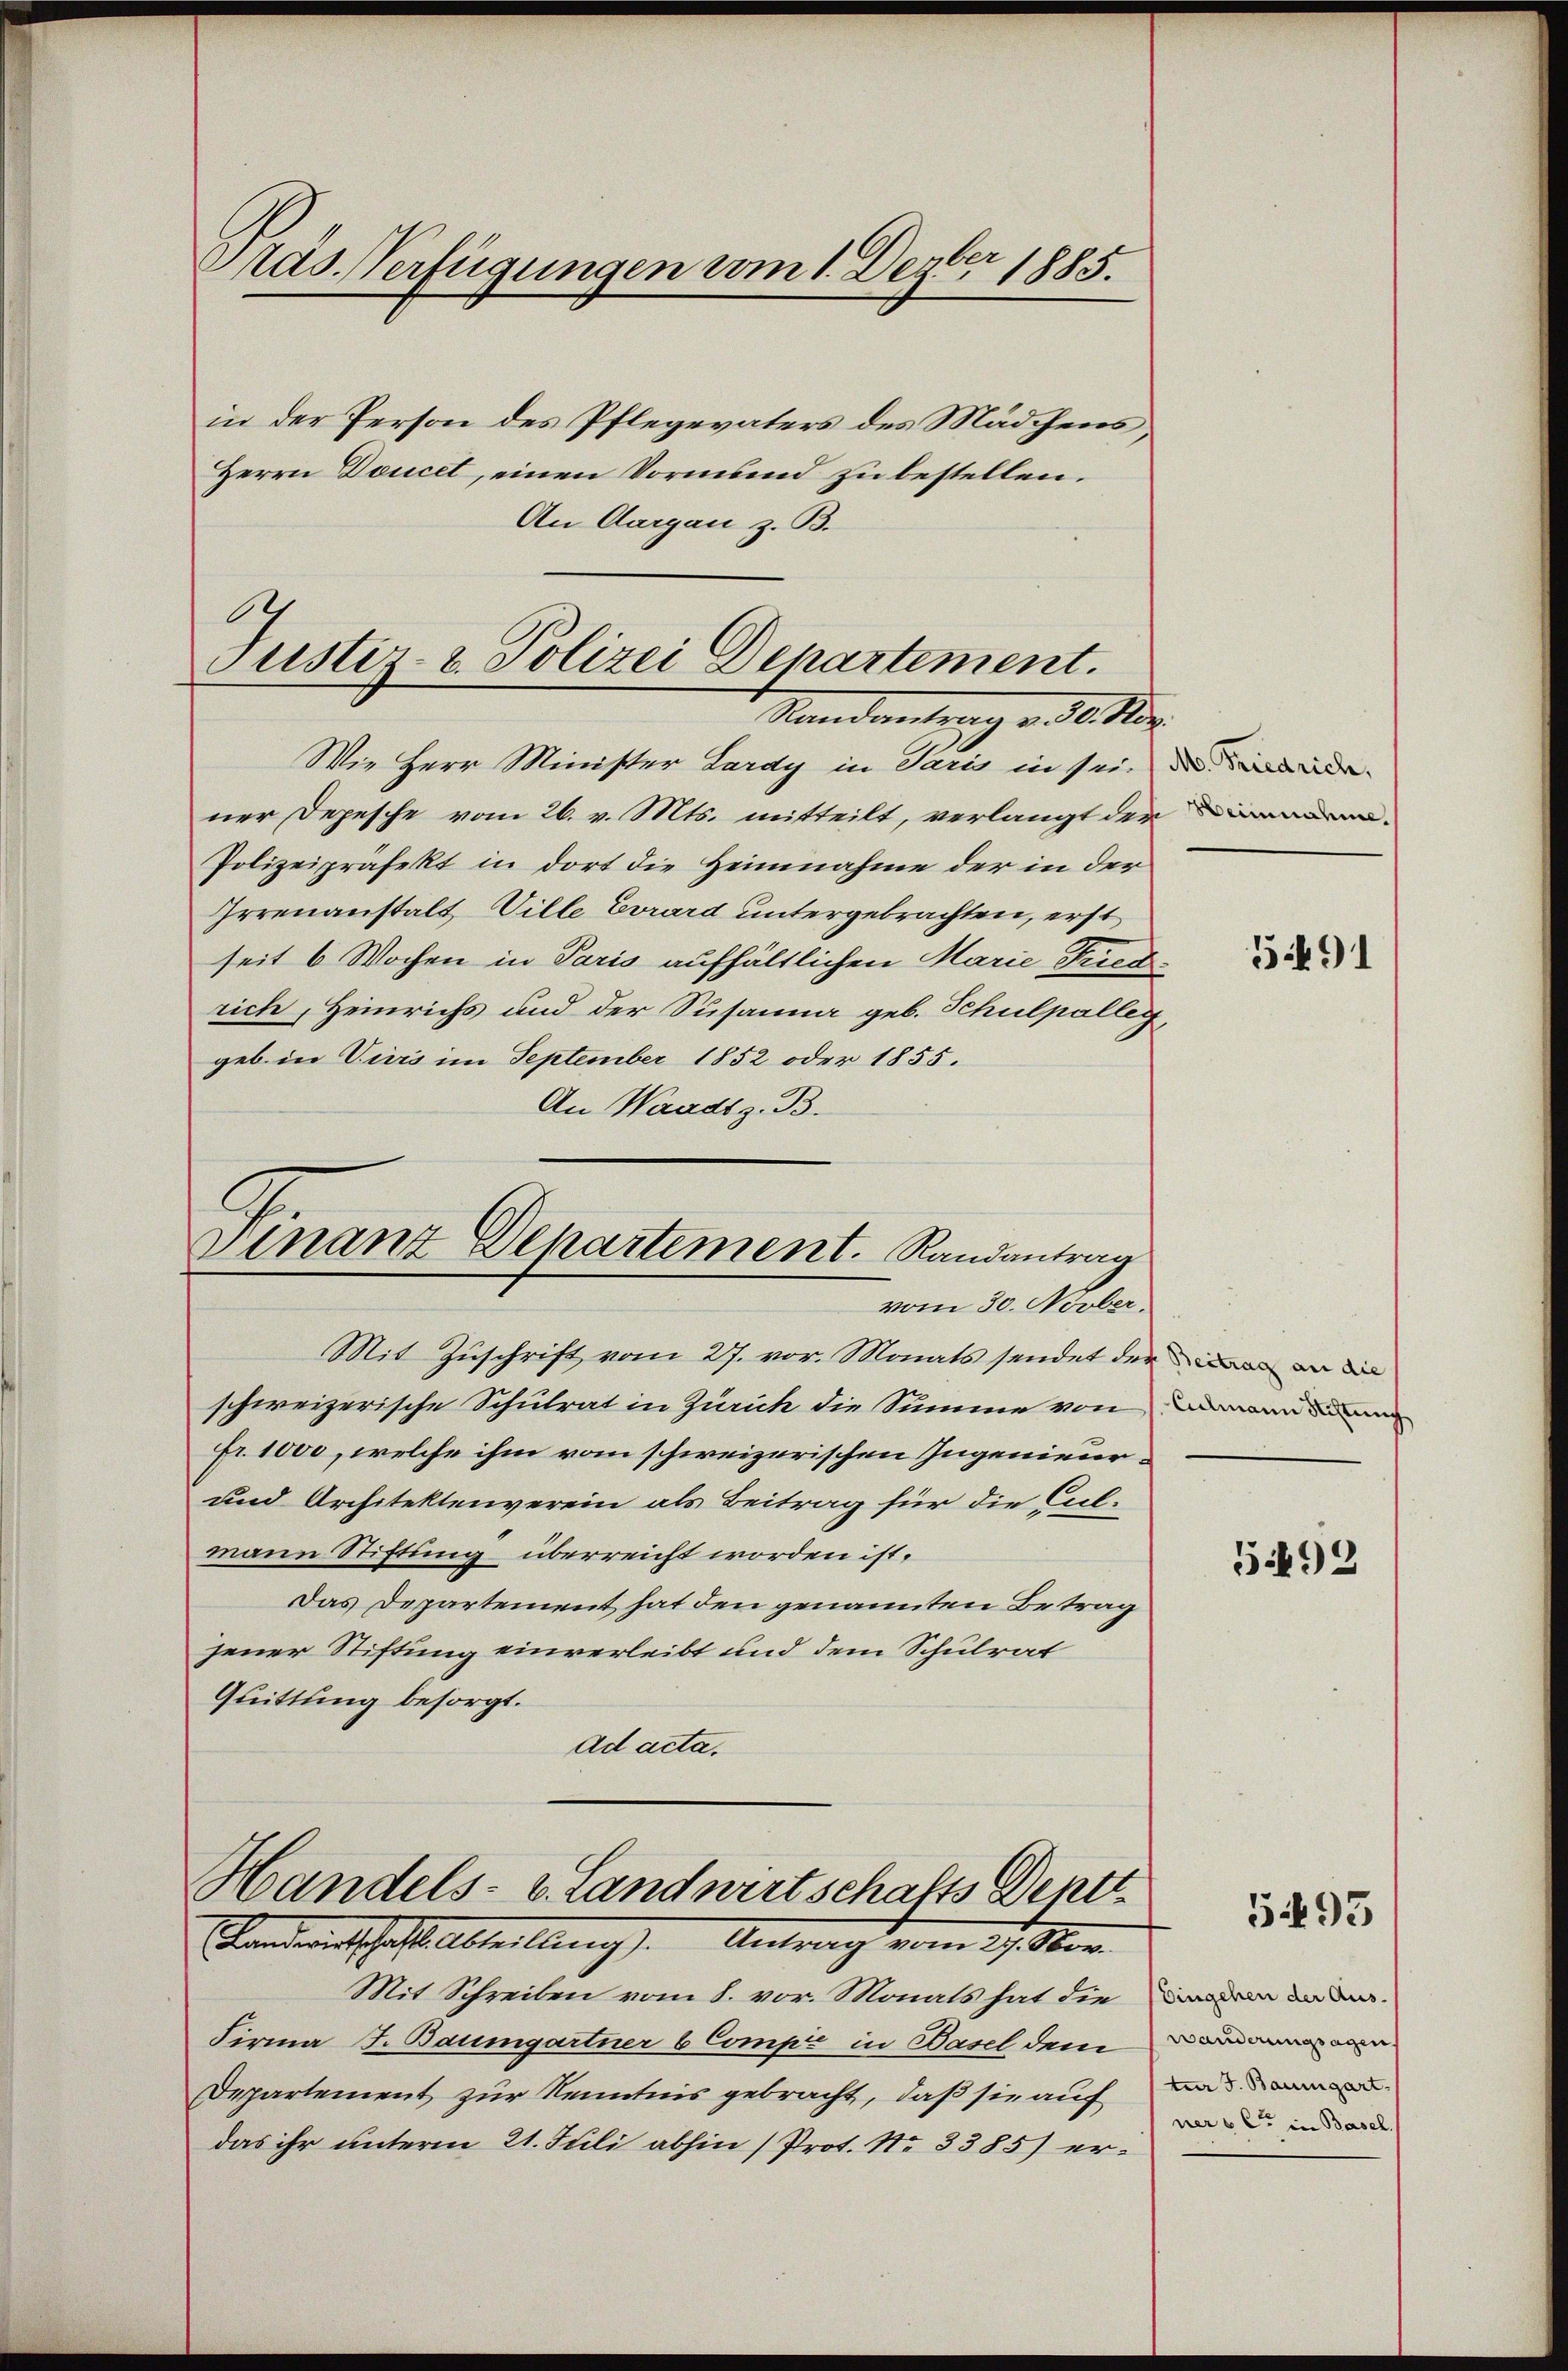
Pras Verfügungen vom 1. Dezbr 1885.
in der Person des Pflegevaters des Mädchens,
Herrn Doucet, einen Vormund zu bestellen.
An Aargau z. B.

.
Justiz- & Polizei Departement.
Randantrag v. 30. Nov.

Mit Schreiben vom 8. vor. Monats hat die dem dar¬
Firma J. Baumgartner 6 Compe in Basel dem
Departement zur Kenntnis gebracht, daß sie auf
das ihr unterm 21. Juli abhin (Prot. No 3385) er¬

Wie Herr Minister Lardy in Paris in sei, die de
ner Depesche vom 26. v. Mts. mitteilt, verlangt der¬
Polizeipräfekt in dort die Heimnahme der in der
Irrenanstalt, Ville Evrard untergebrachten, erst
seit 6 Wochen in Paris aufhältlichen Marie Fried-
rich, Heinrichs und der Susanna geb. Schulpalley,
geb. in Viers im September 1852 oder 1855.
An Waadt z. B.
Mit Zuschrift vom 27. vor. Monats sendet der an
schweizerische Schulrat in Zürich die Summe von man di
fr. 1000, welche ihm vom schweizerischen Ingenieur¬
und Architektenverein als Beitrag für die Cal-
mann Stiftung überreicht worden ist.
Das Departement hat den genannten Betrag
jener Stiftung einverleibt und dem Schulrat
Guittung besorgt.
ad acta.

Finanz Departement. Randantrag
vom 30. Novber.

Handels- u. Landwirtschafts Dentt
Bendantschaftsabteilung). Antragt vom 27. Nor

5491

5.492

5493

wänderungsagen
ter J. Baumgart
nere C in Basel.